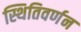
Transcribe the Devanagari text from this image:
स्थितिवर्णन